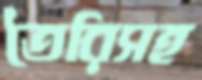
তৈরিসহ